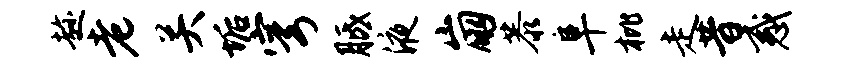
趁老关垢穹胝液崩恭阜枇走昔惑